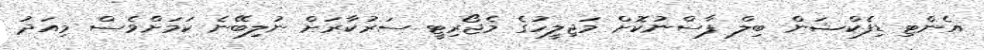
އެންޓި ޑިފެކްޝަން ބިލް ފާސްނުކޮށް މަޖިލީހުގެ މެޖޯރިޓީ ސަރުކާރަށް ނުލިބޭނެ ކަމަށްވެސް މިއަދު